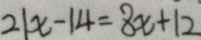
2 1 x - 1 4 = 8 x + 1 2